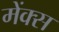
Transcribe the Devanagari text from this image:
मेंक्स